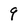
Character: 9